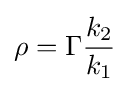
\rho =\Gamma {\frac {k_{2}}{k_{1}}}